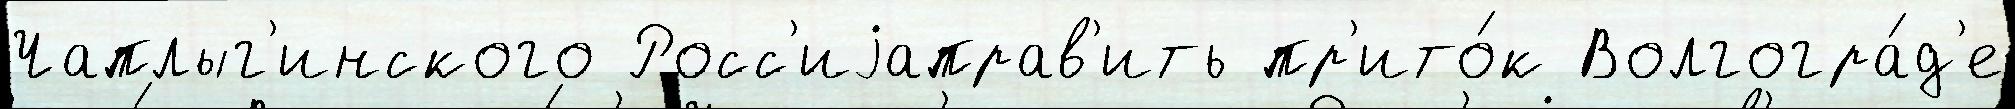
Чаплыг'инского Росс'иjаправ'ить пр'ито́к Волгогра́д'е